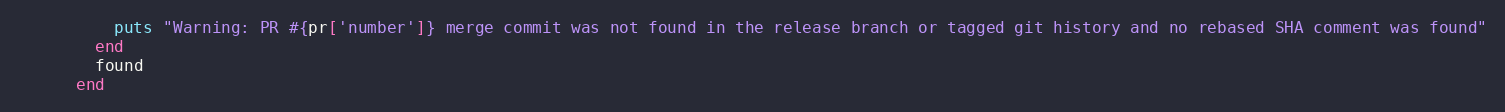
Language: Ruby
          puts "Warning: PR #{pr['number']} merge commit was not found in the release branch or tagged git history and no rebased SHA comment was found"
        end
        found
      end